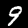
Digit: 9